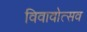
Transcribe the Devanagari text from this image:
विवावोत्सव